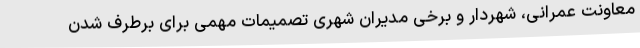
معاونت عمرانی، شهردار و برخی مدیران شهری تصمیمات مهمی برای برطرف شدن